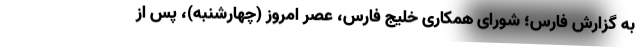
به گزارش فارس؛ شورای همکاری خلیج فارس، عصر امروز (چهارشنبه)، پس از